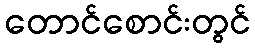
တောင်စောင်းတွင်